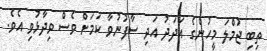
ތިބި ޖުމްލަ މީހުންގެ އަދަދު އަދި ސާފުނުވާ ކަމަށް ވެސް ވިދާޅުވި އެވެ.